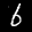
Label: 6